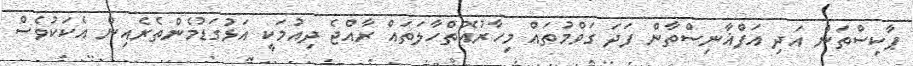
ޕާކިސްތަން އަދި އަފްޣާނިސްތާން ފަދަ ގަވްމުތައް މިހާރުއޮތްހާލަތައް ރާއްޖެ ދިއުމަކީ އަޅުގަޑުމެންތެރެއިން އެކަކުވެސް